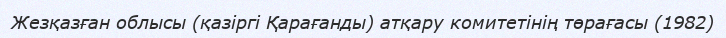
Жезқазған облысы (қазіргі Қарағанды) атқару комитетінің төрағасы (1982)